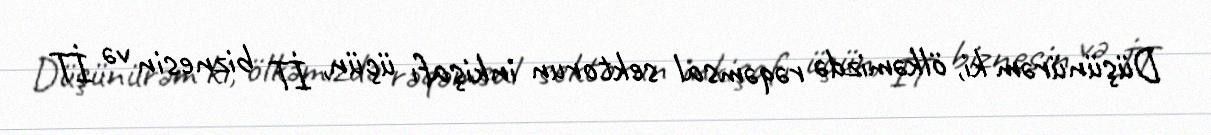
Düşünürəm ki, ölkəmizdə rəqəmsal sektorun inkişafı üçün, İT biznesin və İT